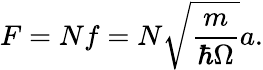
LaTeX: F=Nf=N\sqrt{\frac{m}{\hbar\Omega}}a.